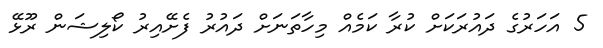
5 އަހަރުގެ ދައުރަކަށް ކުރާ ކަމެއް މިހާތަނަށް ދައުރު ފެށޭއިރު ކޯލިޝަން ރޫޅޭ